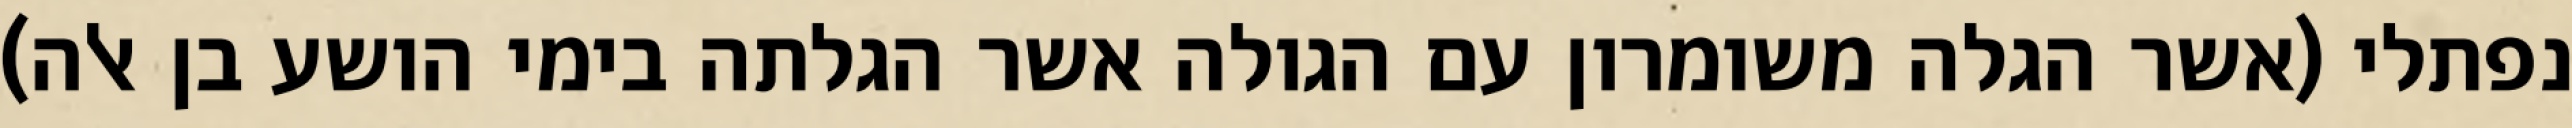
נפתלי (אשר הגלה משומרון עם הגולה אשר הגלתה בימי הושע בן אלה)